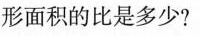
形面积的比是多少?